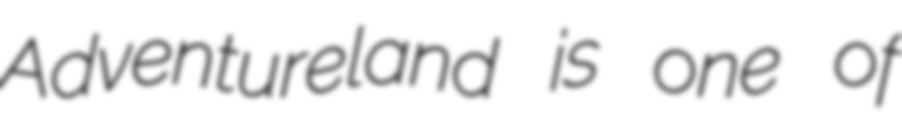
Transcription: Adventureland is one of